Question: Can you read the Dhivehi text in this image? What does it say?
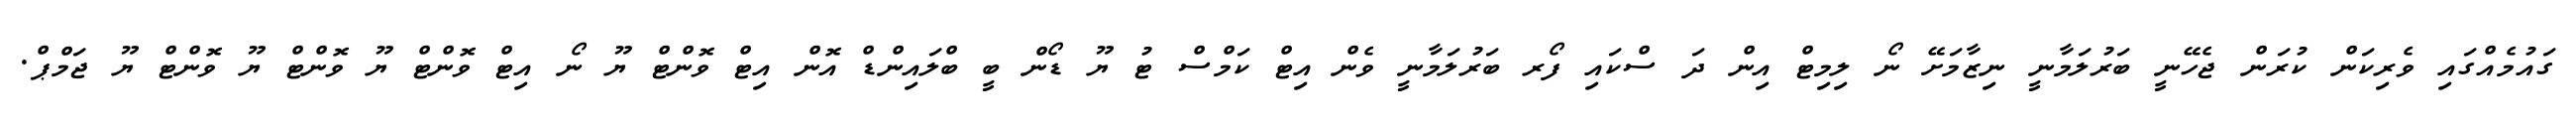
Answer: ގައުމެއްގައި ވެރިކަން ކުރަން ޖެހޭނީ ބަރުލަމާނީ ނިޒާމަށޭ ނޯ ލިމިޓް އިން ދަ ސްކައި ފޯރ ބަރުލަމާނީ ވެން އިޓް ކަމްސް ޓު ޔޫ ޑޯން ބީ ބްލައިންޑް އޮން އިޓް ވޮންޓް ޔޫ ނޯ އިޓް ވޮންޓް ޔޫ ވޮންޓް ޔޫ ވޮންޓް ޔޫ ޖަމްޕް.